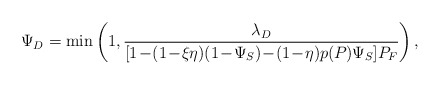
\begin{align*}\Psi_D = \min\left(1, \frac{\lambda_D}{[1\!-\!(1\!-\!\xi\eta)(1\!-\!\Psi_S)\!-\!(1\!-\!\eta)p(P_{})\Psi_S]P_F}\right),\end{align*}